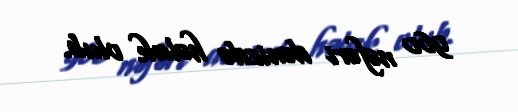
960 nəfəri dənizdə həlak olub.